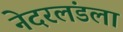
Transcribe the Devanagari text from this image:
नेदरलंडला